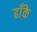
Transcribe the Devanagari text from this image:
ढाँके